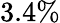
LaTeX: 3.4\%